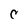
Character: C